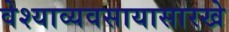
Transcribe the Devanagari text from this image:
वेश्याव्यवसायासारखे